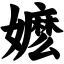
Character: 嬷